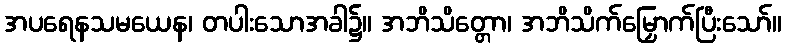
အပရေနသမယေန၊ တပါးသောအခါ၌။ အဘိသိတ္တော၊ အဘိသိက်မြှောက်ပြီးသော်။